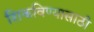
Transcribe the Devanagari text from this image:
शिकविण्‍यासाठी